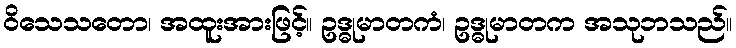
ဝိသေသတော၊ အထူးအားဖြင့်။ ဥဒ္ဓုမာတကံ၊ ဥဒ္ဓုမာတက အသုဘသည်။